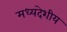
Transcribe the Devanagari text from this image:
मध्‍यदेशीय